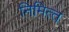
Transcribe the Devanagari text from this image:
निमित्‍त